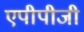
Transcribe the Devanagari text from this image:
एपीपीजी